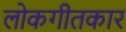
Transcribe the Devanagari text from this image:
लोकगीतकार